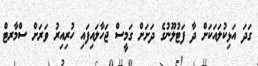
ގަދަ އަޅިކުލައަކަށް ދާ ފަޓުލޫނުގެ ދަށަށް ގަމީސް ޖަހާލައިފައި ހުރިއިރު ވަރަށް ސްމާރޓް